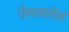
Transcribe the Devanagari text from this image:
ऐमायलेज़